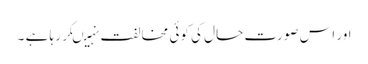
اور اس صورت حال کی کوئی مخالفت نہیںکر رہا ہے ۔